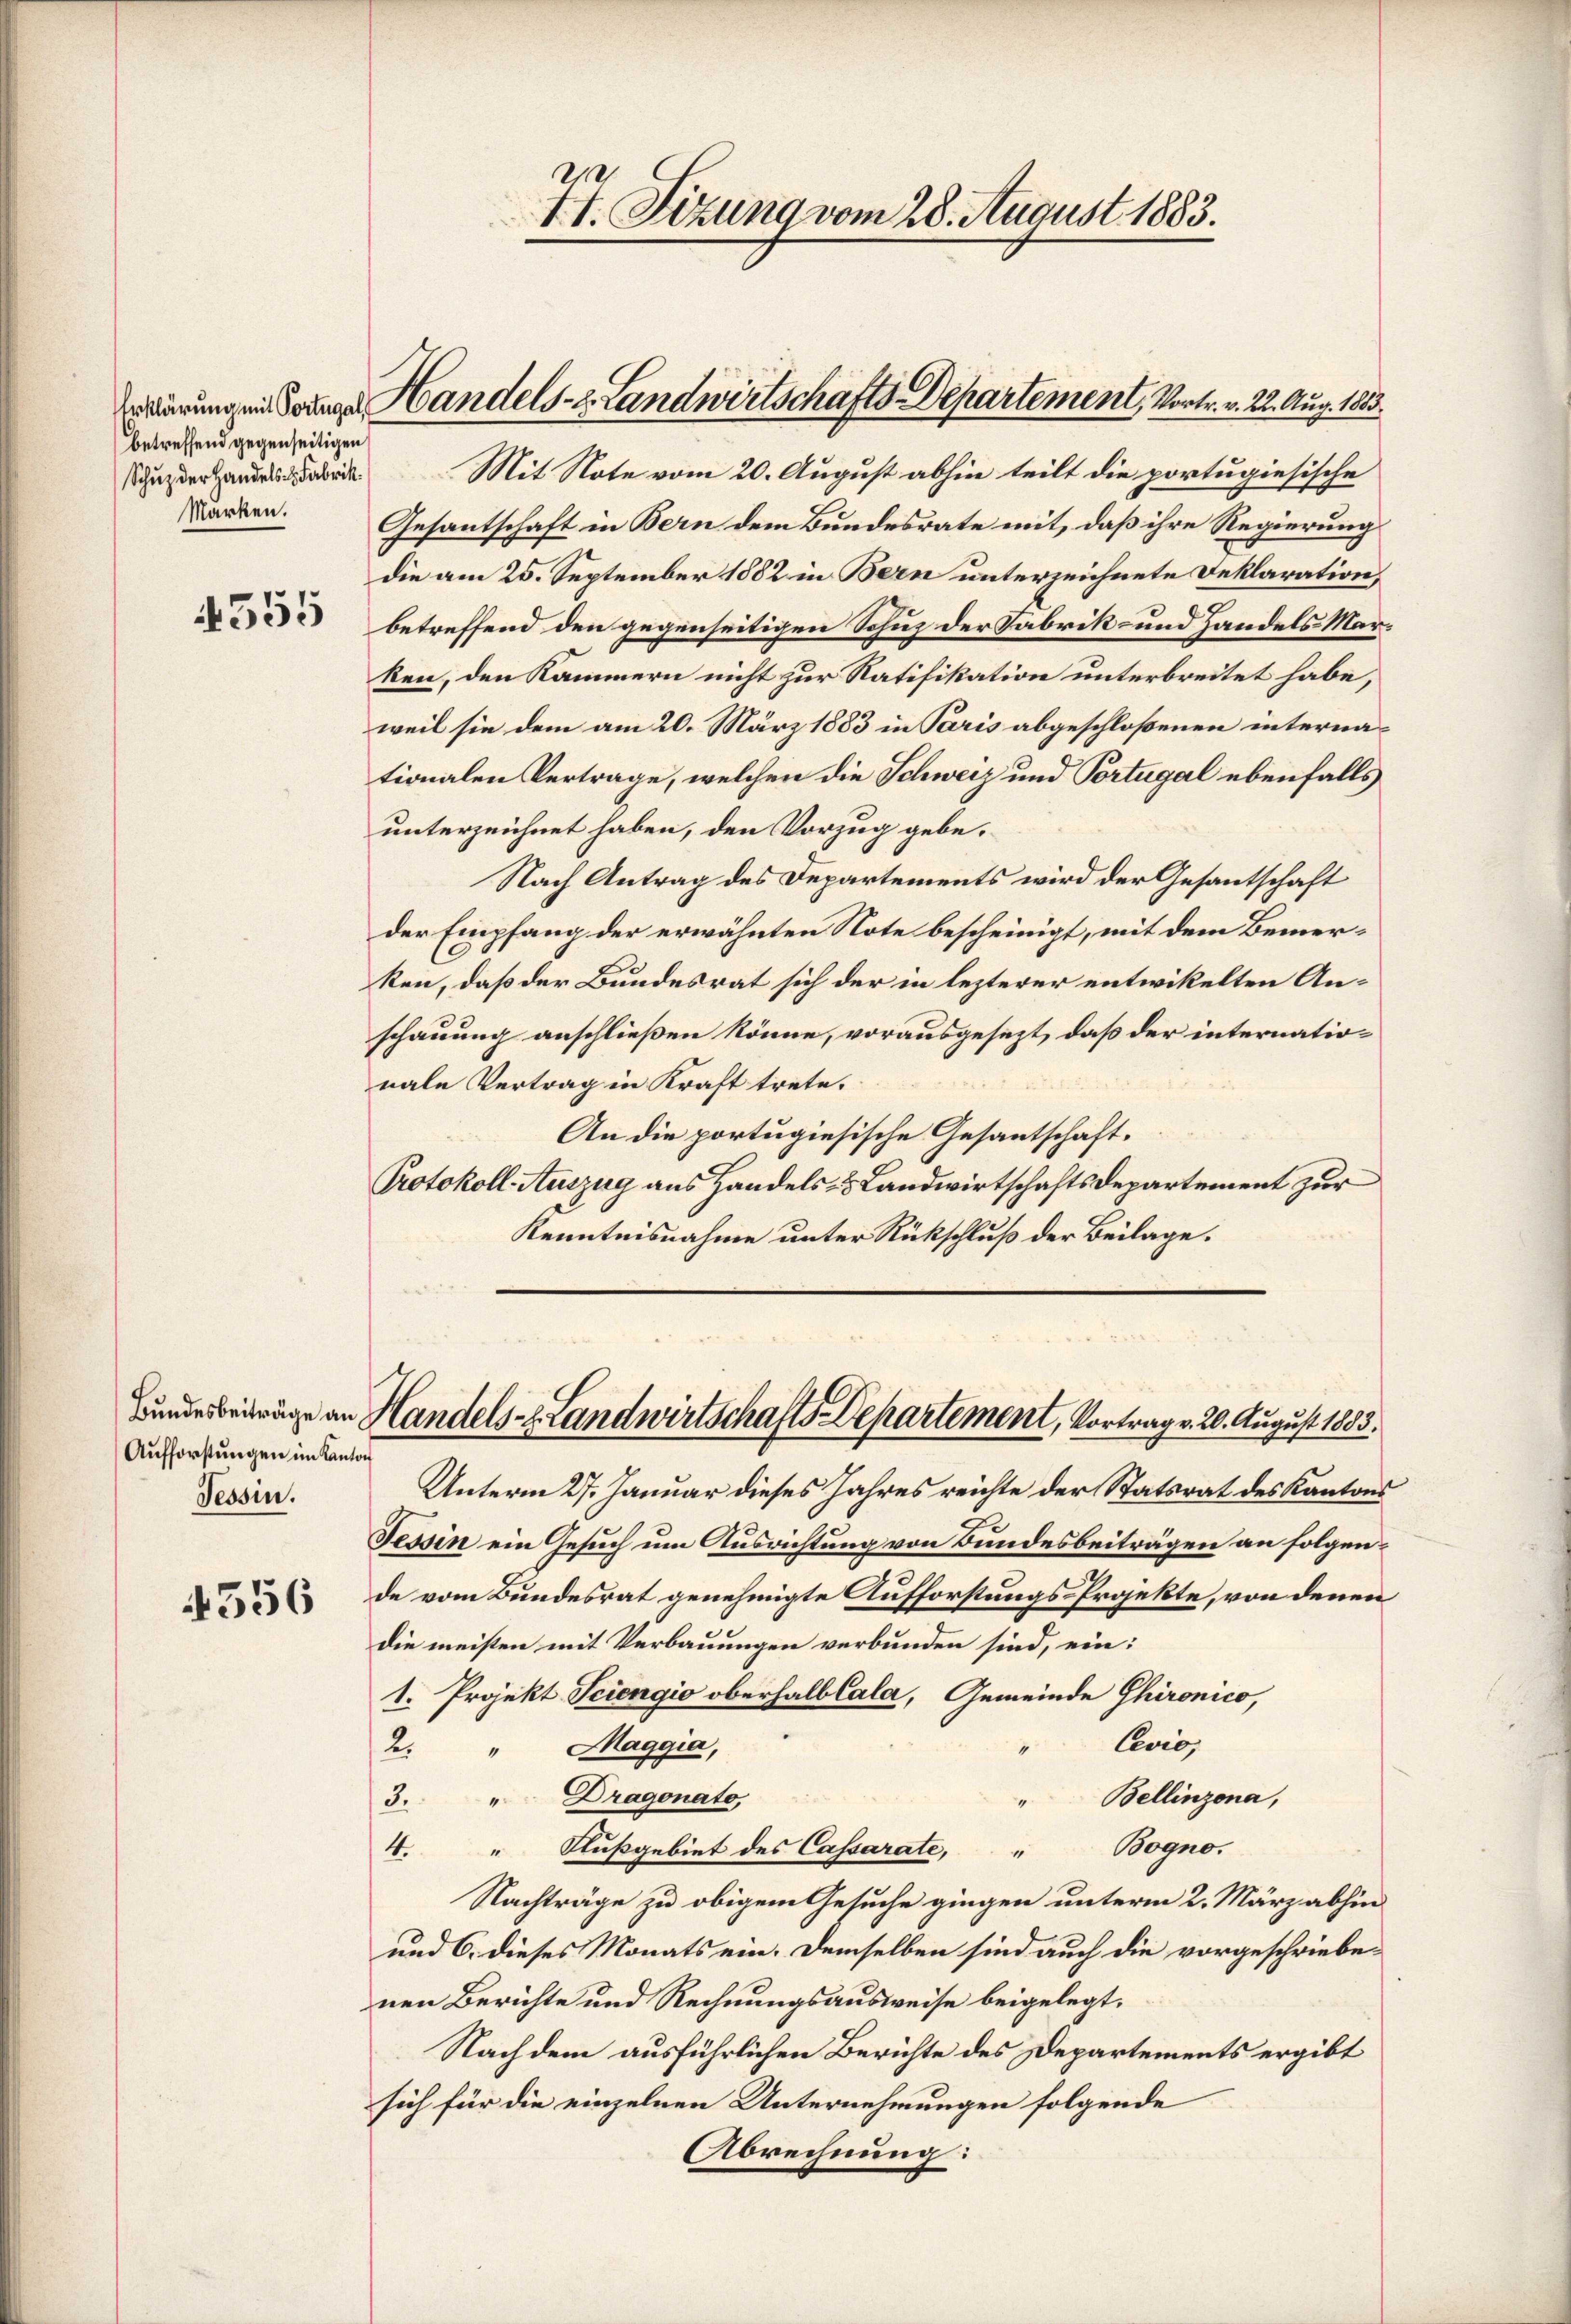
betreffend gegenseitigen
Schuz der Handels-, Fabrik.
Marken.

4555

Aufforstungen im Kanton
Tessin.

4556

Mit Note vom 20. August abhin teilt die portugiesische
Gesantschaft in Bern dem Bundesrate mit, daß ihre Regierung
die am 25. September 1882 in Bern unterzeichnete Deklaration,
betreffend den gegenseitigen Schuz der Fabrik- und Handels Marken, den Kammern nicht zur Ratifikation unterbreitet habe,
weil sie dem am 20. März 1883 in Paris abgeschloßenen internationalen Vertrage, welchen die Schweiz und Portugal ebenfalls
unterzeichnet haben, den Vorzug gebe.
Nach Antrag des Departements wird der Gesantschaft
der Empfang der erwähnten Note bescheinigt, mit dem Bemerken, daß der Bundesrat sich der in lezterer entwickelten Anschauung anschließen könne, vorausgesezt, daß der internatio-
nale Vertrag in Kraft trete.
An die portugiesische Gesantschaft.
Protokoll-Auszug aus Handels- & Landwirtschaftsdepartement zur
Kenntnisnahme unter Rückschluß der Beilage.

77. Sizung vom 28. August 1883.

Vaurungen Vorar Handels- u. Landwirtschafts-Departement, Vortr. v. 22. Aug. 1805.

Bundesbeiträge an Handels- Landwirtschafts-Departement, Vortrag v. 20. August 1883.

Unterm 27. Januar dieses Jahres reichte der Statsrat des Kantons
Tessin ein Gesuch um Ausrichtung von Bundesbeiträgen an folgende vom Bundesrat genehmigte Aufforstungs-Projekte, von denen
die meisten mit Verbauungen verbunden sind, ein:
1. Projekt Seiengio oberhalb lala, Gemeinde Ghironico,
Cevio,
2. " Maggia,
3. " Dragonato,
Bellinzona,
Bogno.
4. " Flußgebiet des Cassarate,
Nachträge zu obigem Gesuche gingen unterm 2. März abhin
und 6. dieses Monats ein. Demselben sind auch die vorgeschriebe-
nen Berichte und Rechnungsausweise beigelegt.
Nachdem ausführlichen Berichte des Departements ergibt
sich für die einzelnen Unternehmungen folgende
Abrechnung: